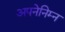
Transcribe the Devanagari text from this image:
अपनेनिम्न